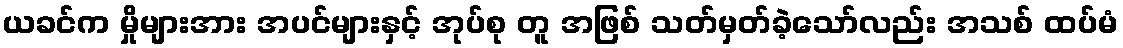
ယခင်က မှိုများအား အပင်များနှင့် အုပ်စု တူ အဖြစ် သတ်မှတ်ခဲ့သော်လည်း အသစ် ထပ်မံ